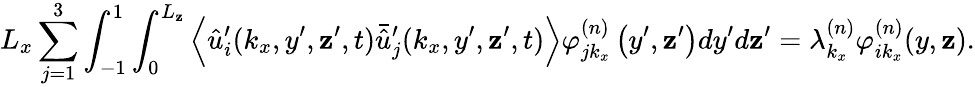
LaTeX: L_{x}\sum_{j=1}^{3}\int_{-1}^{1}\int_{0}^{L_{\mathbf{z}}}\left\langle\hat{{u}}_{i}^{\prime}(k_{x},y^{\prime},\mathbf{z}^{\prime},t)\bar{{\hat{{u}}}}_{j}^{\prime}(k_{x},y^{\prime},\mathbf{z}^{\prime},t)\right\rangle\varphi_{jk_{x}}^{(n)}\left(y^{\prime},\mathbf{z}^{\prime}\right)dy^{\prime}d\mathbf{z}^{\prime}=\lambda_{k_{x}}^{(n)}\varphi_{ik_{x}}^{(n)}(y,\mathbf{z}).